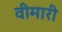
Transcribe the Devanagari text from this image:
वीमारी